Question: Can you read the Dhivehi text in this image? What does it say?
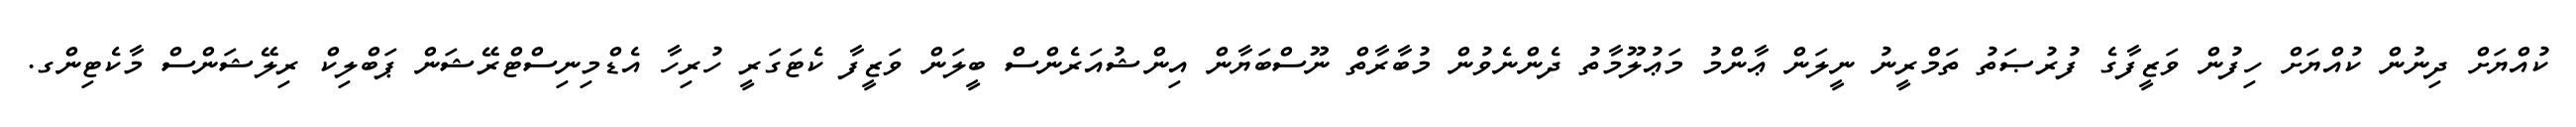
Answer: ކުއްޔަށް ދިނުން ކުއްޔަށް ހިފުން ވަޒީފާގެ ފުރުޞަތު ތަމްރީނު ނީލަން ޢާންމު މަޢުލޫމާތު ދެންނެވުން މުބާރާތް ނޫސްބަޔާން އިންޝުއަރެންސް ބީލަން ވަޒީފާ ކެޓަގަރީ ހުރިހާ އެޑްމިނިސްޓްރޭޝަން ޕަބްލިކް ރިލޭޝަންސް މާކެޓިންގ.